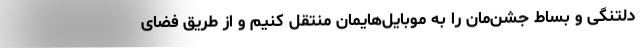
دلتنگی‌ و بساط جشن‌مان را به موبایل‌هایمان منتقل کنیم و از طریق فضای